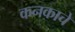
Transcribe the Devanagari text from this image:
कनकाचे